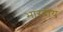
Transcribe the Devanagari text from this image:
भारदीय